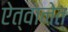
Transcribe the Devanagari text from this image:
ऐत्वानेत्